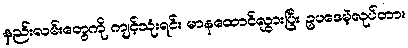
နည်းလမ်းတွေကို ကျင့်သုံးရင်း မာနထောင်လွှားပြီး ဥပဒေမဲ့လုပ်တာ။